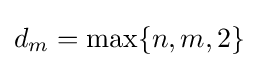
d_{m}=\max\{n,m,2\}